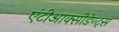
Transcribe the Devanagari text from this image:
एंटीआक्सीडेण्ट्स